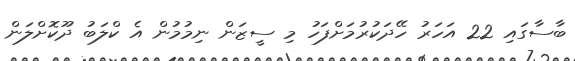
ބާސާގައި 22 އަހަރު ހޭދަކުރުމަށްފަހު މި ސީޒަން ނިމުމުން އެ ކްލަބު ދޫކޮށްލަން